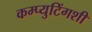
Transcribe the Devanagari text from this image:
कम्प्युटिंगशी